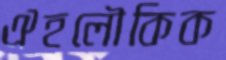
ঐহলৌকিক